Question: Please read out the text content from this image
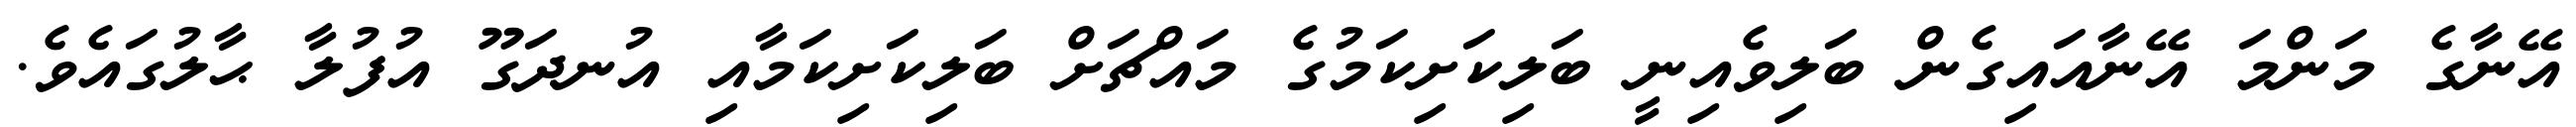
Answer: އޭނާގެ މަންމަ އޭނާއައިގެން ބަލިވެއިނީ ބަލިކަށިކަމުގެ މައްޗަށް ބަލިކަށިކަމާއި އުނދަގޫ އުފުލާ ޙާލުގައެވެ.